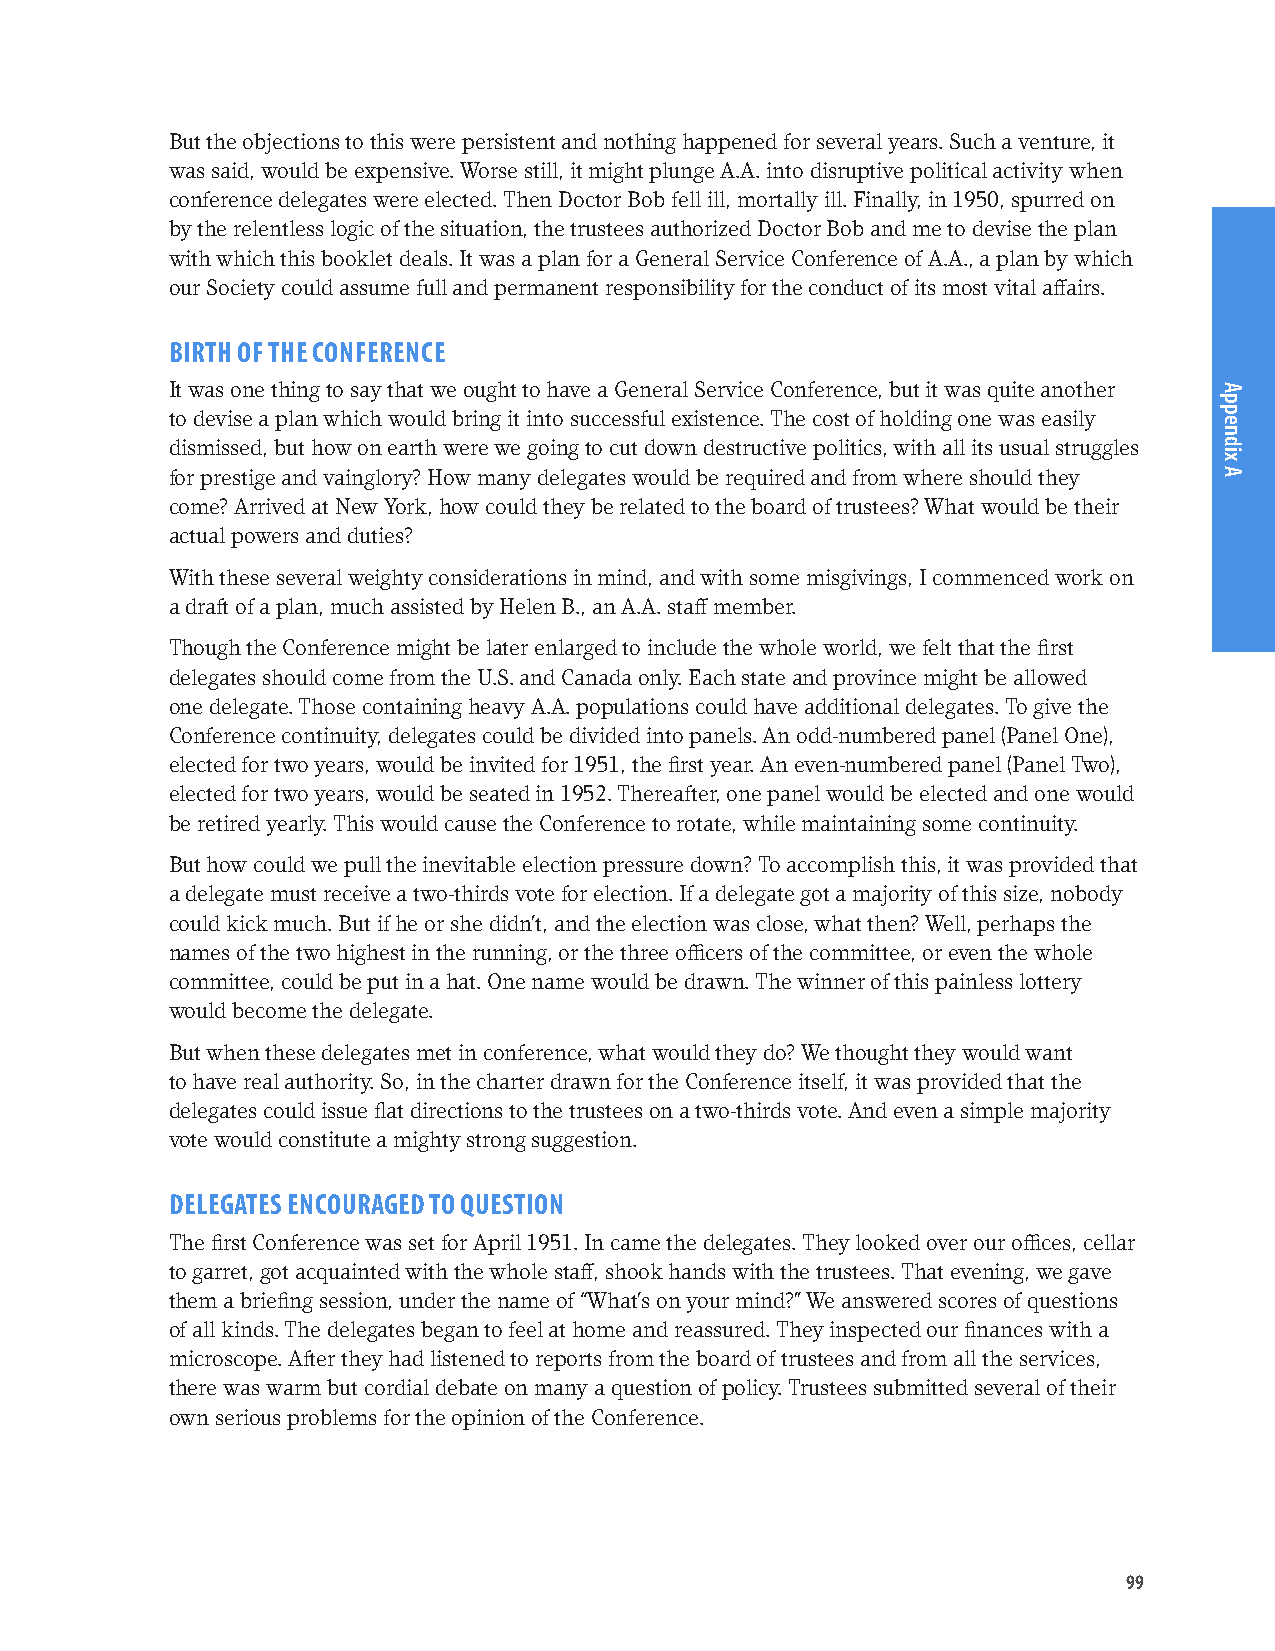
But the objections to this were persistent and nothing happened for several years. Such a venture, it
 was said, would be expensive. Worse still, it might plunge A.A. into disruptive political activity when
 conference delegates were elected. Then Doctor Bob fell ill, mortally ill. Finally, in 1950, spurred on
 by the relentless logic of the situation, the trustees authorized Doctor Bob and me to devise the plan
 with which this booklet deals. It was a plan for a General Service Conference of A.A., a plan by which
 our Society could assume full and permanent responsibility for the conduct of its most vital affairs.
 BIRTH OF THE CONFERENCE
 It was one thing to say that we ought to have a General Service Conference, but it was quite another
 to devise a plan which would bring it into successful existence. The cost of holding one was easily
 dismissed, but how on earth were we going to cut down destructive politics, with all its usual struggles
 for prestige and vainglory? How many delegates would be required and from where should they
 come? Arrived at New York, how could they be related to the board of trustees? What would be their
 actual powers and duties?
 With these several weighty considerations in mind, and with some misgivings, I commenced work on
 a draft of a plan, much assisted by Helen B., an A.A. staff member.
 Though the Conference might be later enlarged to include the whole world, we felt that the first
 delegates should come from the U.S. and Canada only. Each state and province might be allowed
 one delegate. Those containing heavy A.A. populations could have additional delegates. To give the
 Conference continuity, delegates could be divided into panels. An odd-numbered panel (Panel One),
 elected for two years, would be invited for 1951, the first year. An even -numbered panel (Panel Two),
 elected for two years, would be seated in 1952. Thereafter, one panel would be elected and one would
 be retired yearly. This would cause the Conference to rotate, while maintaining some continuity.
 But how could we pull the inevitable election pressure down? To accomplish this, it was provided that
 a delegate must receive a two-thirds vote for election. If a delegate got a majority of this size, nobody
 could kick much. But if he or she didn’t, and the election was close, what then? Well, perhaps the
 names of the two highest in the running, or the three officers of the committee, or even the whole
 committee, could be put in a hat. One name would be drawn. The winner of this painless lottery
 would become the delegate.
 But when these delegates met in conference, what would they do? We thought they would want
 to have real authority. So, in the charter drawn for the Conference itself, it was provided that the
 delegates could issue flat directions to the trustees on a two-thirds vote. And even a simple majority
 vote would constitute a mighty strong suggestion.
 DELEGATES ENCOURAGED TO QUESTION
 The first Conference was set for April 1951. In came the delegates. They looked over our offices, cellar
 to garret, got acquainted with the whole staff, shook hands with the trustees. That evening, we gave
 them a briefing session, under the name of “What’s on your mind?” We answered scores of questions
 of all kinds. The delegates began to feel at home and reassured. They inspected our finances with a
 microscope. After they had listened to reports from the board of trustees and from all the services,
 there was warm but cordial debate on many a question of policy. Trustees submitted several of their
 own serious problems for the opinion of the Conference.
 99
 Appendix
 A